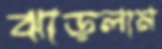
ঝাড়লাম